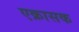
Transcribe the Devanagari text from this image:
एक्रासक